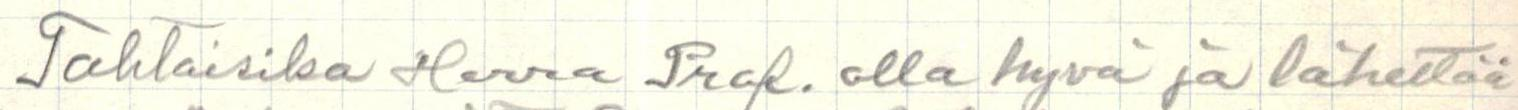
Tahtoisiko Herra Prof. olla hyvä ja lähettää